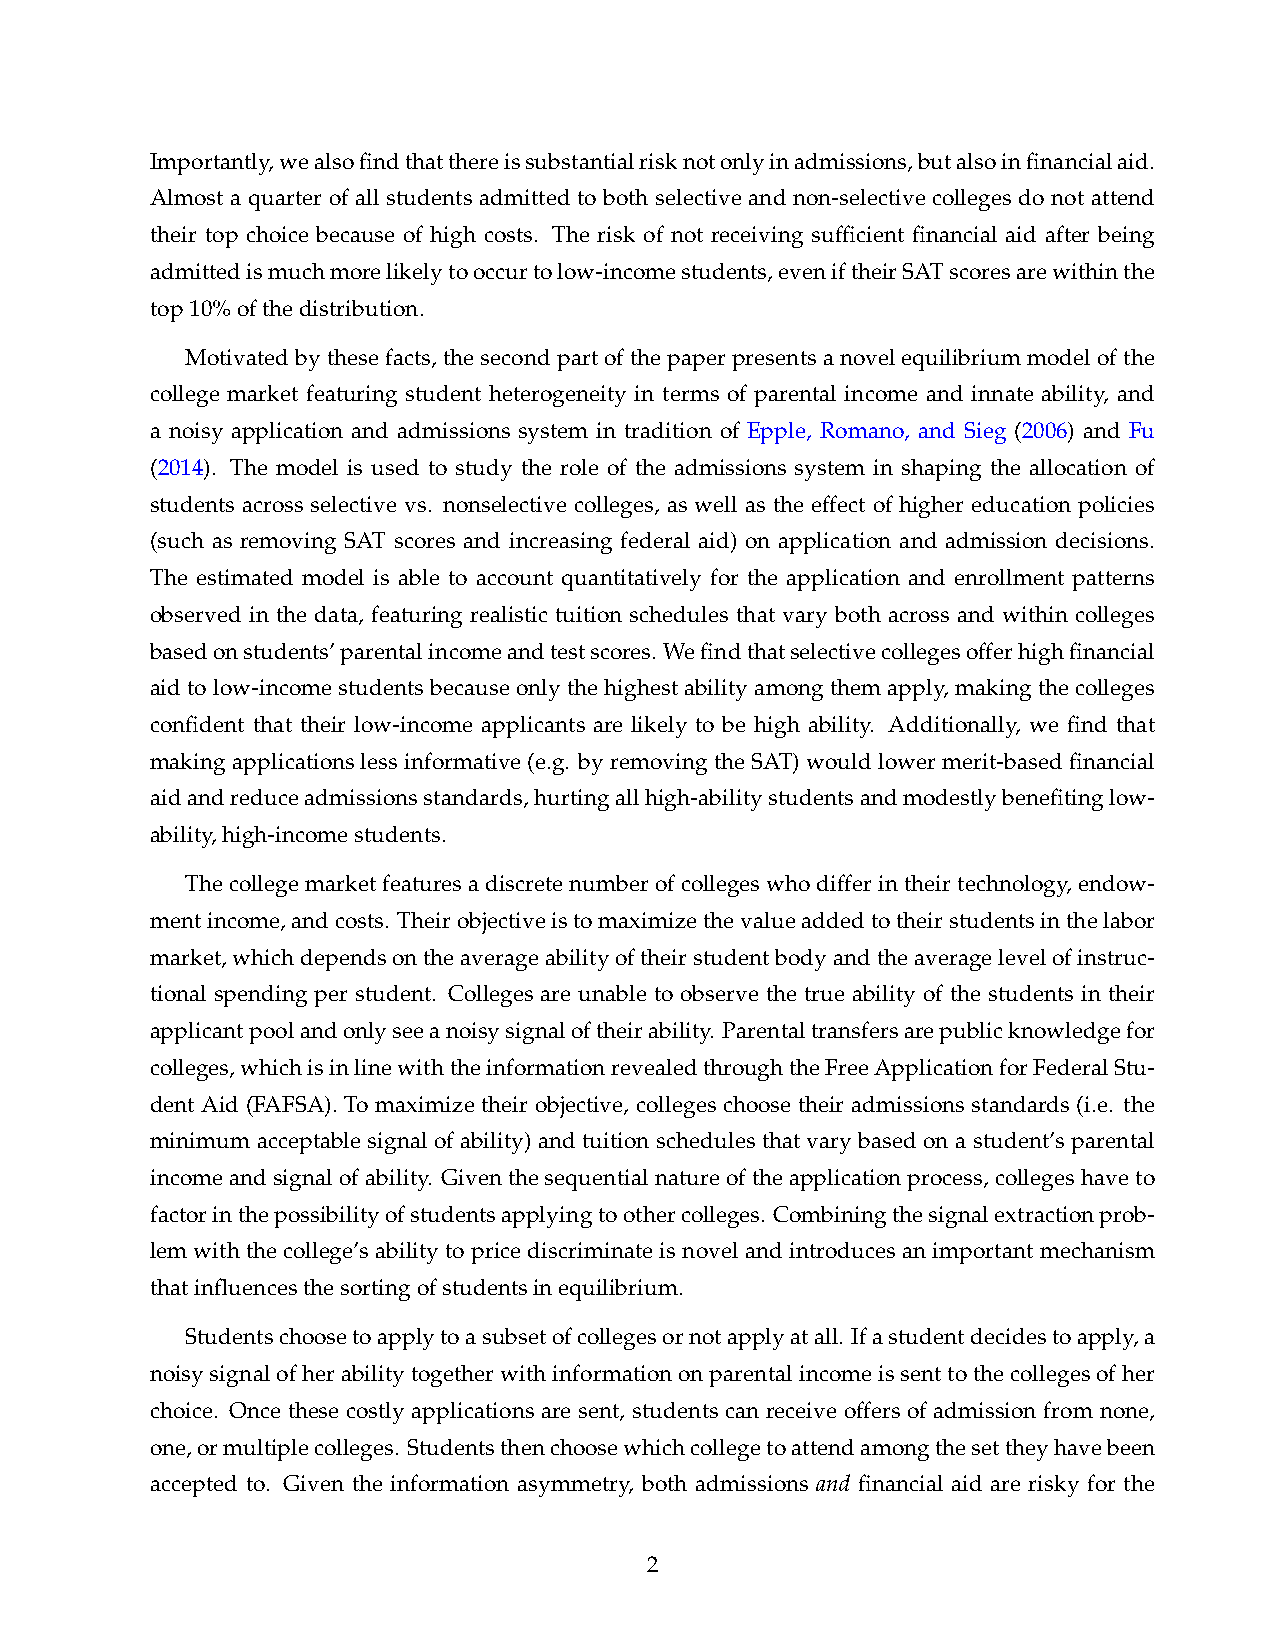
Importantly,wealsofindthatthereissubstantialrisknotonlyinadmissions,butalsoinfinancialaid.
 Almost a quarter of all students admitted to both selective and non-selective colleges do not attend
 their top choice because of high costs. The risk of not receiving sufficient financial aid after being
 admittedismuchmorelikelytooccurtolow-incomestudents,eveniftheirSATscoresarewithinthe
 top10%ofthedistribution.
 Motivatedbythesefacts,thesecondpartofthepaperpresentsanovelequilibriummodelofthe
 college market featuring student heterogeneity in terms of parental income and innate ability, and
 a noisy application and admissions system in tradition of Epple, Romano, and Sieg (2006) and Fu
 (2014). The model is used to study the role of the admissions system in shaping the allocation of
 students across selective vs. nonselective colleges, as well as the effect of higher education policies
 (such as removing SAT scores and increasing federal aid) on application and admission decisions.
 The estimated model is able to account quantitatively for the application and enrollment patterns
 observed in the data, featuring realistic tuition schedules that vary both across and within colleges
 basedonstudents’parentalincomeandtestscores. Wefindthatselectivecollegesofferhighfinancial
 aidtolow-incomestudentsbecauseonlythehighestabilityamongthemapply,makingthecolleges
 confident that their low-income applicants are likely to be high ability. Additionally, we find that
 makingapplicationslessinformative(e.g. byremovingtheSAT)wouldlowermerit-basedfinancial
 aidandreduceadmissionsstandards,hurtingallhigh-abilitystudentsandmodestlybenefitinglow-
 ability,high-incomestudents.
 Thecollegemarketfeaturesadiscretenumberofcollegeswhodifferintheirtechnology,endow-
 mentincome,andcosts. Theirobjectiveistomaximizethevalueaddedtotheirstudentsinthelabor
 market,whichdependsontheaverageabilityoftheirstudentbodyandtheaveragelevelofinstruc-
 tional spending per student. Colleges are unable to observe the true ability of the students in their
 applicantpoolandonlyseeanoisysignaloftheirability. Parentaltransfersarepublicknowledgefor
 colleges,whichisinlinewiththeinformationrevealedthroughtheFreeApplicationforFederalStu-
 dent Aid (FAFSA). To maximize their objective, colleges choose their admissions standards (i.e. the
 minimum acceptable signal of ability) and tuition schedules that vary based on a student’s parental
 incomeandsignalofability. Giventhesequentialnatureoftheapplicationprocess,collegeshaveto
 factorinthepossibilityofstudentsapplyingtoothercolleges. Combiningthesignalextractionprob-
 lemwiththecollege’sabilitytopricediscriminateisnovelandintroducesanimportantmechanism
 thatinfluencesthesortingofstudentsinequilibrium.
 Studentschoosetoapplytoasubsetofcollegesornotapplyatall. Ifastudentdecidestoapply,a
 noisysignalofherabilitytogetherwithinformationonparentalincomeissenttothecollegesofher
 choice. Once these costly applications are sent, students can receive offers of admission from none,
 one,ormultiplecolleges. Studentsthenchoosewhichcollegetoattendamongthesettheyhavebeen
 accepted to. Given the information asymmetry, both admissions and financial aid are risky for the
 2